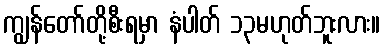
ကျွန်တော်တို့စီးရမှာ နံပါတ် ၁၃မဟုတ်ဘူးလား။